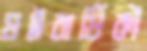
ষষ্ঠবার্ষিকী